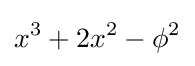
x^{3}+2x^{2}-\phi ^{2}